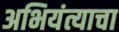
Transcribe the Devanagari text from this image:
अभियंत्याचा